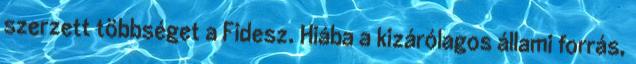
szerzett többséget a Fidesz. Hiába a kizárólagos állami forrás,